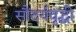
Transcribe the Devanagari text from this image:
सौंदर्यवृद्धी